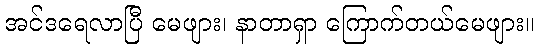
အင်ဒရေလာပြီ မေဖျား၊ နာတာရှာ ကြောက်တယ်မေဖျား။